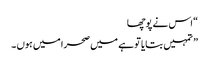
“ اس نے پوچھا
” تمہیں بتایا تو ہے میں صحرا میں ہوں ۔